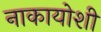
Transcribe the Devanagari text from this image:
नाकायोशी